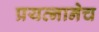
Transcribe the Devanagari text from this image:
प्रयत्नानेच